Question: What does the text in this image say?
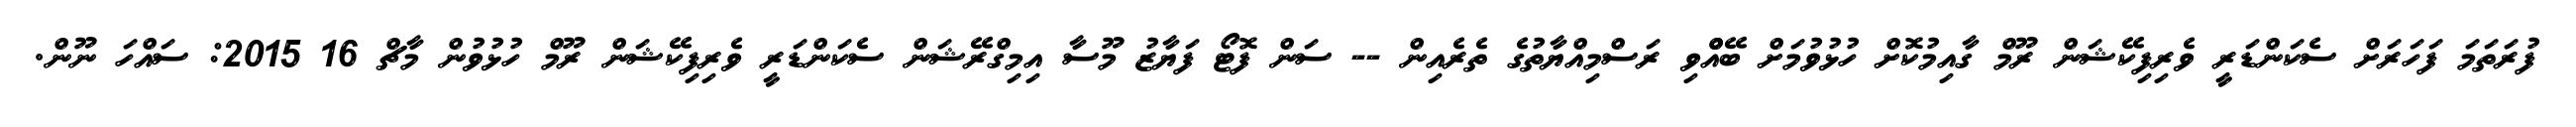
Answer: ފުރަތަމަ ފަހަރަށް ސެކަންޑަރީ ވެރިފިކޭޝަން ރޫމް ގާއިމުކޮށް ހުޅުވުމަށް ބޭއްްވި ރަސްމިއްޔާތުގެ ތެރެއިން -- ސަން ފޮޓޯ ފަޔާޒު މޫސާ އިމިގްރޭޝަން ސެކަންޑަރީ ވެރިފިކޭޝަން ރޫމް ހުޅުވުން މާޗް 16 2015: ސައްހަ ނޫން.